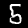
Digit: 5